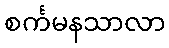
စင်္ကမနသာလာ